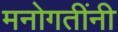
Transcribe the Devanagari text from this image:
मनोगतींनी